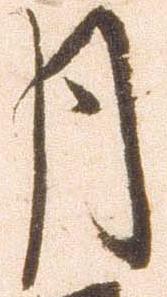
月